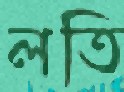
লতি